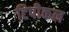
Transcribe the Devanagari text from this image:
टिपीकल